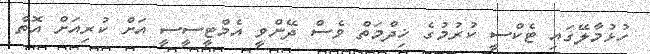
ހުޅުމާލޭގައި ޓެކްސީ ކުރުމުގެ ޚިދްމަތް ވެސް ދޭންވީ އެމްޓީސީސީ އަށް ކުރިއަށް އޮތް